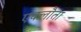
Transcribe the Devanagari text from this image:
एक्लौता